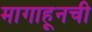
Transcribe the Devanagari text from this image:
मागाहूनची